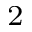
^ 2